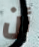
أن